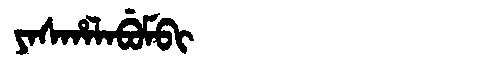
Manchu: ᠶᠠᠰᡥᠠᠯᠠᠪᡠᠮᠪᡳ
Romanization: YASHALABUMBI